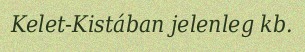
Kelet-Kistában jelenleg kb.